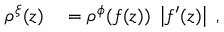
\begin{array} { r l } { \rho ^ { \xi } ( z ) } & { { } = \rho ^ { \phi } ( f ( z ) ) \ \left| f ^ { \prime } ( z ) \right| \ , } \end{array}